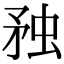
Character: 䂈